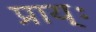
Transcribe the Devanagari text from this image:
प्राय्ः